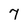
Character: 7